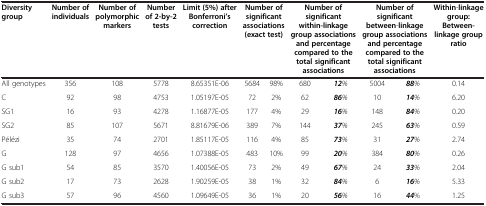
<table><thead><tr><td><b>Diversity group</b></td><td><b>Number of individuals</b></td><td><b>Number of polymorphic markers</b></td><td><b>Number of 2-by-2 tests</b></td><td><b>Limit(5%)after Bonferroni’s correction</b></td><td colspan="2"><b>Number of significant associations(exact test)</b></td><td colspan="2"><b>Number of significant within-linkage group associations and percentage compared to the total significant associations</b></td><td colspan="2"><b>Number of significant between-linkage group associations and percentage compared to the total significant associations</b></td><td><b>Within-linkage group: Between-linkage group ratio</b></td></tr></thead><tbody><tr><td>All genotypes</td><td>356</td><td>108</td><td>5778</td><td>8.65351E-06</td><td>5684</td><td>98%</td><td>680</td><td><b><i>12</i></b><i>%</i></td><td>5004</td><td><b><i>88</i></b><i>%</i></td><td>0.14</td></tr><tr><td>C</td><td>92</td><td>98</td><td>4753</td><td>1.05197E-05</td><td>72</td><td>2%</td><td>62</td><td><b><i>86</i></b><i>%</i></td><td>10</td><td><b><i>14</i></b><i>%</i></td><td>6.20</td></tr><tr><td>SG1</td><td>16</td><td>93</td><td>4278</td><td>1.16877E-05</td><td>177</td><td>4%</td><td>29</td><td><b><i>16</i></b><i>%</i></td><td>148</td><td><b><i>84</i></b><i>%</i></td><td>0.20</td></tr><tr><td>SG2</td><td>85</td><td>107</td><td>5671</td><td>8.81679E-06</td><td>389</td><td>7%</td><td>144</td><td><b><i>37</i></b><i>%</i></td><td>245</td><td><b><i>63</i></b><i>%</i></td><td>0.59</td></tr><tr><td>Pélézi</td><td>35</td><td>74</td><td>2701</td><td>1.85117E-05</td><td>116</td><td>4%</td><td>85</td><td><b><i>73</i></b><i>%</i></td><td>31</td><td><b><i>27</i></b><i>%</i></td><td>2.74</td></tr><tr><td>G</td><td>128</td><td>97</td><td>4656</td><td>1.07388E-05</td><td>483</td><td>10%</td><td>99</td><td><b><i>20</i></b><i>%</i></td><td>384</td><td><b><i>80</i></b><i>%</i></td><td>0.26</td></tr><tr><td>G sub1</td><td>54</td><td>85</td><td>3570</td><td>1.40056E-05</td><td>73</td><td>2%</td><td>49</td><td><b><i>67</i></b><i>%</i></td><td>24</td><td><b><i>33</i></b><i>%</i></td><td>2.04</td></tr><tr><td>G sub2</td><td>17</td><td>73</td><td>2628</td><td>1.90259E-05</td><td>38</td><td>1%</td><td>32</td><td><b><i>84</i></b><i>%</i></td><td>6</td><td><b><i>16</i></b><i>%</i></td><td>5.33</td></tr><tr><td>G sub3</td><td>57</td><td>96</td><td>4560</td><td>1.09649E-05</td><td>36</td><td>1%</td><td>20</td><td><b><i>56</i></b><i>%</i></td><td>16</td><td><b><i>44</i></b>%</td><td>1.25</td></tr></tbody></table>